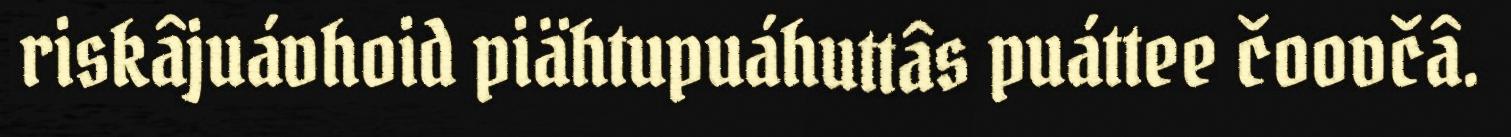
riskâjuávhoid piähtupuáhuttâs puáttee čoovčâ.